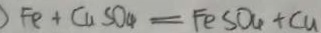
F e + C u S O _ { 4 } = F e S O _ { 4 } + C u